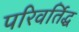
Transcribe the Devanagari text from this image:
परिवर्तिद्ध